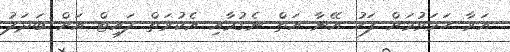
އަރާ ހަމަވުމަށް ފަހު އޭނާ އަތް ނެގުމާއި އެކުރަތް ލައިޓްް އަށް ބަދަލު